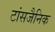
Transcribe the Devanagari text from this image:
टांसजैनिक